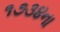
૧૭૩૪ના